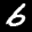
Label: 6